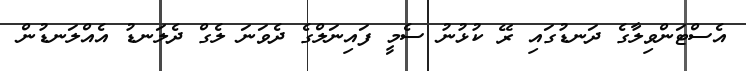
އެސްޓަންވިލާގެ ދަނޑުގައި ރޭ ކުޅުނު ސެމީ ފައިނަލްގެ ދެވަނަ ލެގް ދެލަނޑު އެއްލަނޑުން